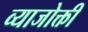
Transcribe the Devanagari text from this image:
व्याजोक्ती